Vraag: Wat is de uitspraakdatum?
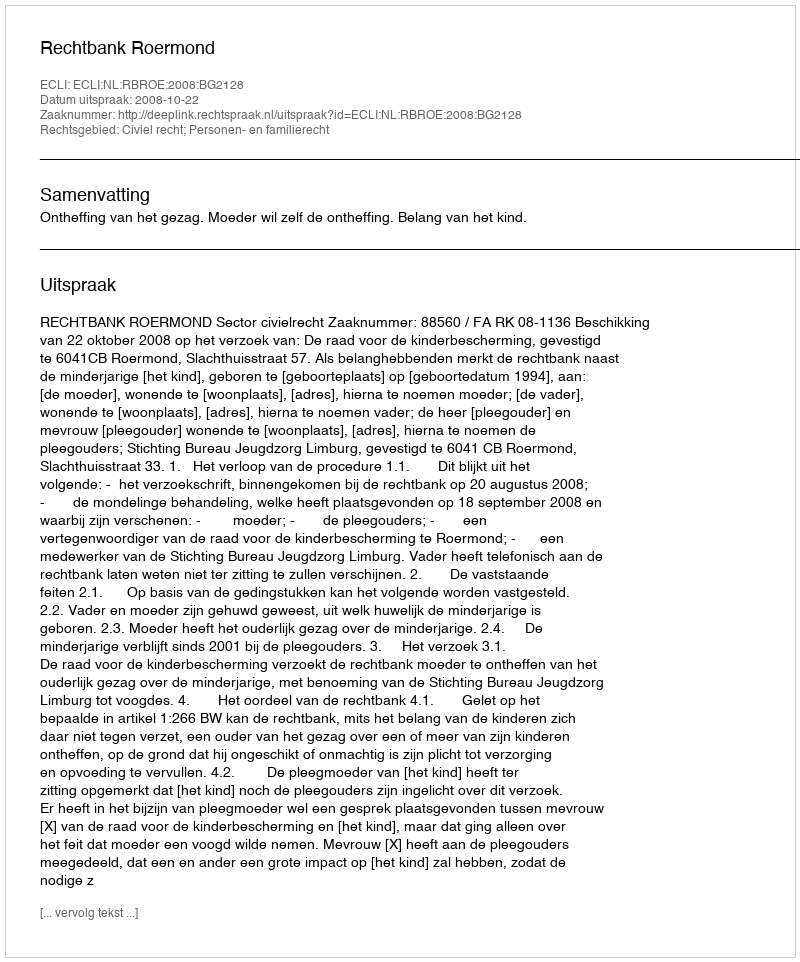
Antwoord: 2008-10-22